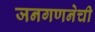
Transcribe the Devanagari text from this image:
जनगणनेची